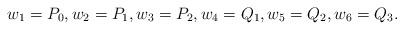
LaTeX: \begin{align*}w_1=P_0, w_2=P_1, w_3=P_2,w_4=Q_1, w_5=Q_2, w_6=Q_3.\end{align*}